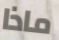
ماذا